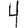
Digit: 4